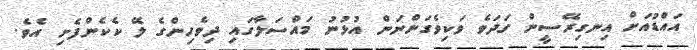
އައްޑުއަށް އިނގިރޭސީން ގަދަވެ ވަކިވެގަންނަން އުޅުނު މައްސަލާގައި ދިވެހިންގެ ލޭ ކެކެންފެށި އެވެ.